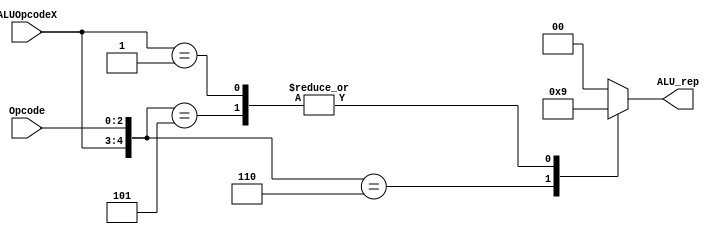
`timescale 1ns / 1ps
//////////////////////////////////////////////////////////////////////////////////
// Company: 
// Engineer: 
// 
// Design Name: 
// Module Name:    control2 
// Project Name: 
// Target Devices: 
// Tool versions: 
// Description: 
//
// Dependencies: 
//
// Revision: 
// Revision 0.01 - File Created
// Additional Comments: 
//
//////////////////////////////////////////////////////////////////////////////////
module control2(ALU_rep, ALUOpcodeX, Opcode);
output reg[1:0] ALU_rep;
 input [1:0] ALUOpcodeX;
 input [2:0] Opcode;
 wire [5:0] select;
 assign select = {ALUOpcodeX,Opcode};
 always @(select)
 casex (select)
   5'b00100: ALU_rep=2'b00;
   5'b00101: ALU_rep=2'b01;
   5'b00110: ALU_rep=2'b10;
   5'b10xxx: ALU_rep=2'b00;
   5'b01xxx: ALU_rep=2'b01;
	
  default: ALU_rep=2'b00;
  endcase
  
endmodule